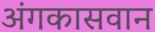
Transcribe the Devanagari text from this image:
अंगकासवान